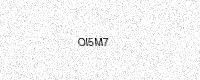
Text: OI5M7